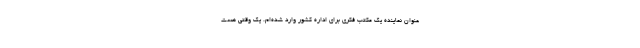
عنوان نماینده یک مکتب فکری برای اداره کشور وارد شده‌ام. یک وقتی هست